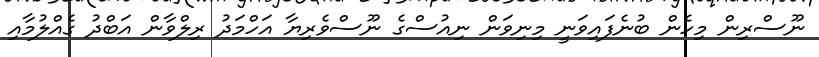
ނޫސްރިން މިހެން ބުނެފައިވަނީ މިނިވަން ނިއުސްގެ ނޫސްވެރިޔާ އަހްމަދު ރިލްވާން އަބްދު ގެއްލުމާއި